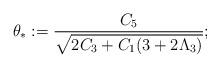
LaTeX: \begin{align*}\theta_* := \frac{C_5}{\sqrt{2C_3 + C_1(3 + 2 \Lambda_3)}};\end{align*}